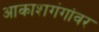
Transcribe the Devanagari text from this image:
आकाशगंगांवर